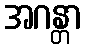
အဂန္တာ